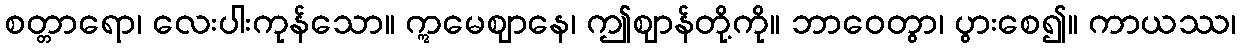
စတ္တာရော၊ လေးပါးကုန်သော။ ဣမေဈာနေ၊ ဤဈာန်တို့ကို။ ဘာဝေတွာ၊ ပွားစေ၍။ ကာယဿ၊